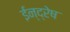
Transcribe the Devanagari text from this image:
ईन्द्रेष